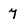
Character: 7